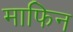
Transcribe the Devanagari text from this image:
माफिन